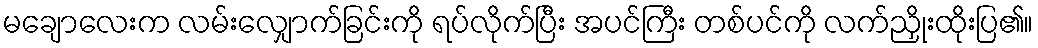
မချောလေးက လမ်းလျှောက်ခြင်းကို ရပ်လိုက်ပြီး အပင်ကြီး တစ်ပင်ကို လက်ညှိုးထိုးပြ၏။